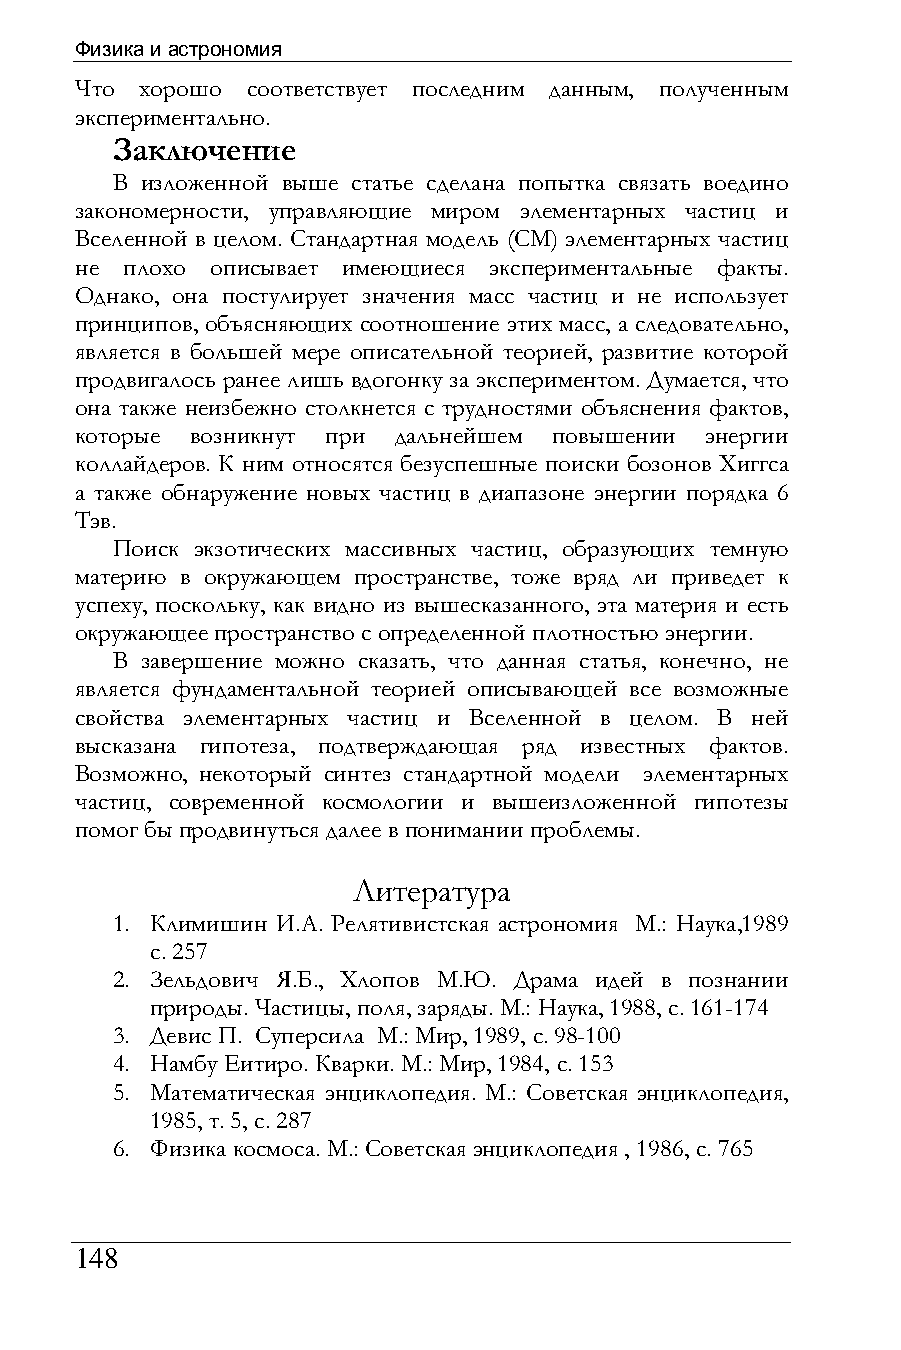
Физика и астрономия
 Что хорошо соответствует последним данным, полученным
 экспериментально.
 Заключение
 В изложенной выше статье сделана попытка связать воедино
 закономерности, управляющие миром элементарных частиц и
 Вселенной в целом. Стандартная модель (СМ) элементарных частиц
 не плохо описывает имеющиеся экспериментальные факты.
 Однако, она постулирует значения масс частиц и не использует
 принципов, объясняющих соотношение этих масс, а следовательно,
 является в большей мере описательной теорией, развитие которой
 продвигалось ранее лишь вдогонку за экспериментом. Думается, что
 она также неизбежно столкнется с трудностями объяснения фактов,
 которые возникнут при дальнейшем повышении энергии
 коллайдеров. К ним относятся безуспешные поиски бозонов Хиггса
 а также обнаружение новых частиц в диапазоне энергии порядка 6
 Тэв.
 Поиск экзотических массивных частиц, образующих темную
 материю в окружающем пространстве, тоже вряд ли приведет к
 успеху, поскольку, как видно из вышесказанного, эта материя и есть
 окружающее пространство с определенной плотностью энергии.
 В завершение можно сказать, что данная статья, конечно, не
 является фундаментальной теорией описывающей все возможные
 свойства элементарных частиц и Вселенной в целом. В ней
 высказана гипотеза, подтверждающая ряд известных фактов.
 Возможно, некоторый синтез стандартной модели элементарных
 частиц, современной космологии и вышеизложенной гипотезы
 помог бы продвинуться далее в понимании проблемы.
 Литература
 1. Климишин И.А. Релятивистская астрономия М.: Наука,1989
 с. 257
 2. Зельдович Я.Б., Хлопов М.Ю. Драма идей в познании
 природы. Частицы, поля, заряды. М.: Наука, 1988, с. 161-174
 3. Девис П. Суперсила М.: Мир, 1989, с. 98-100
 4. Намбу Еитиро. Кварки. М.: Мир, 1984, с. 153
 5. Математическая энциклопедия. М.: Советская энциклопедия,
 1985, т. 5, с. 287
 6. Физика космоса. М.: Советская энциклопедия , 1986, с. 765
 148